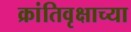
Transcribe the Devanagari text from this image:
क्रांतिवृक्षाच्या